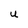
Character: U